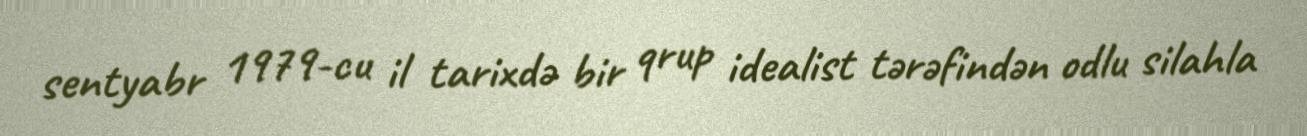
sentyabr 1979-cu il tarixdə bir qrup idealist tərəfindən odlu silahla